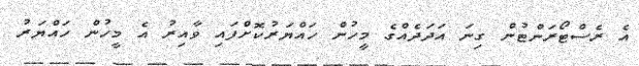
އެ ރެސްޓޯރަންޓުން ގިނަ އަދަދެއްގެ މީހުން ހައްޔަރުކޮށްފައި ވާއިރު އެ މީހުން ހައްޔަރު